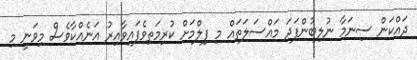
ދައްކަން ސިނަމާ ނުލިބުންފަދަ މައްސަލަތައް މި ފިލްމަށް ކުރިމަތިވެފައިވާއިރު އަނެއްކާވެސް މިވަނީ މި